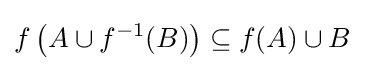
f\left(A\cup f^{-1}(B)\right)\subseteq f(A)\cup B